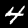
Label: 4